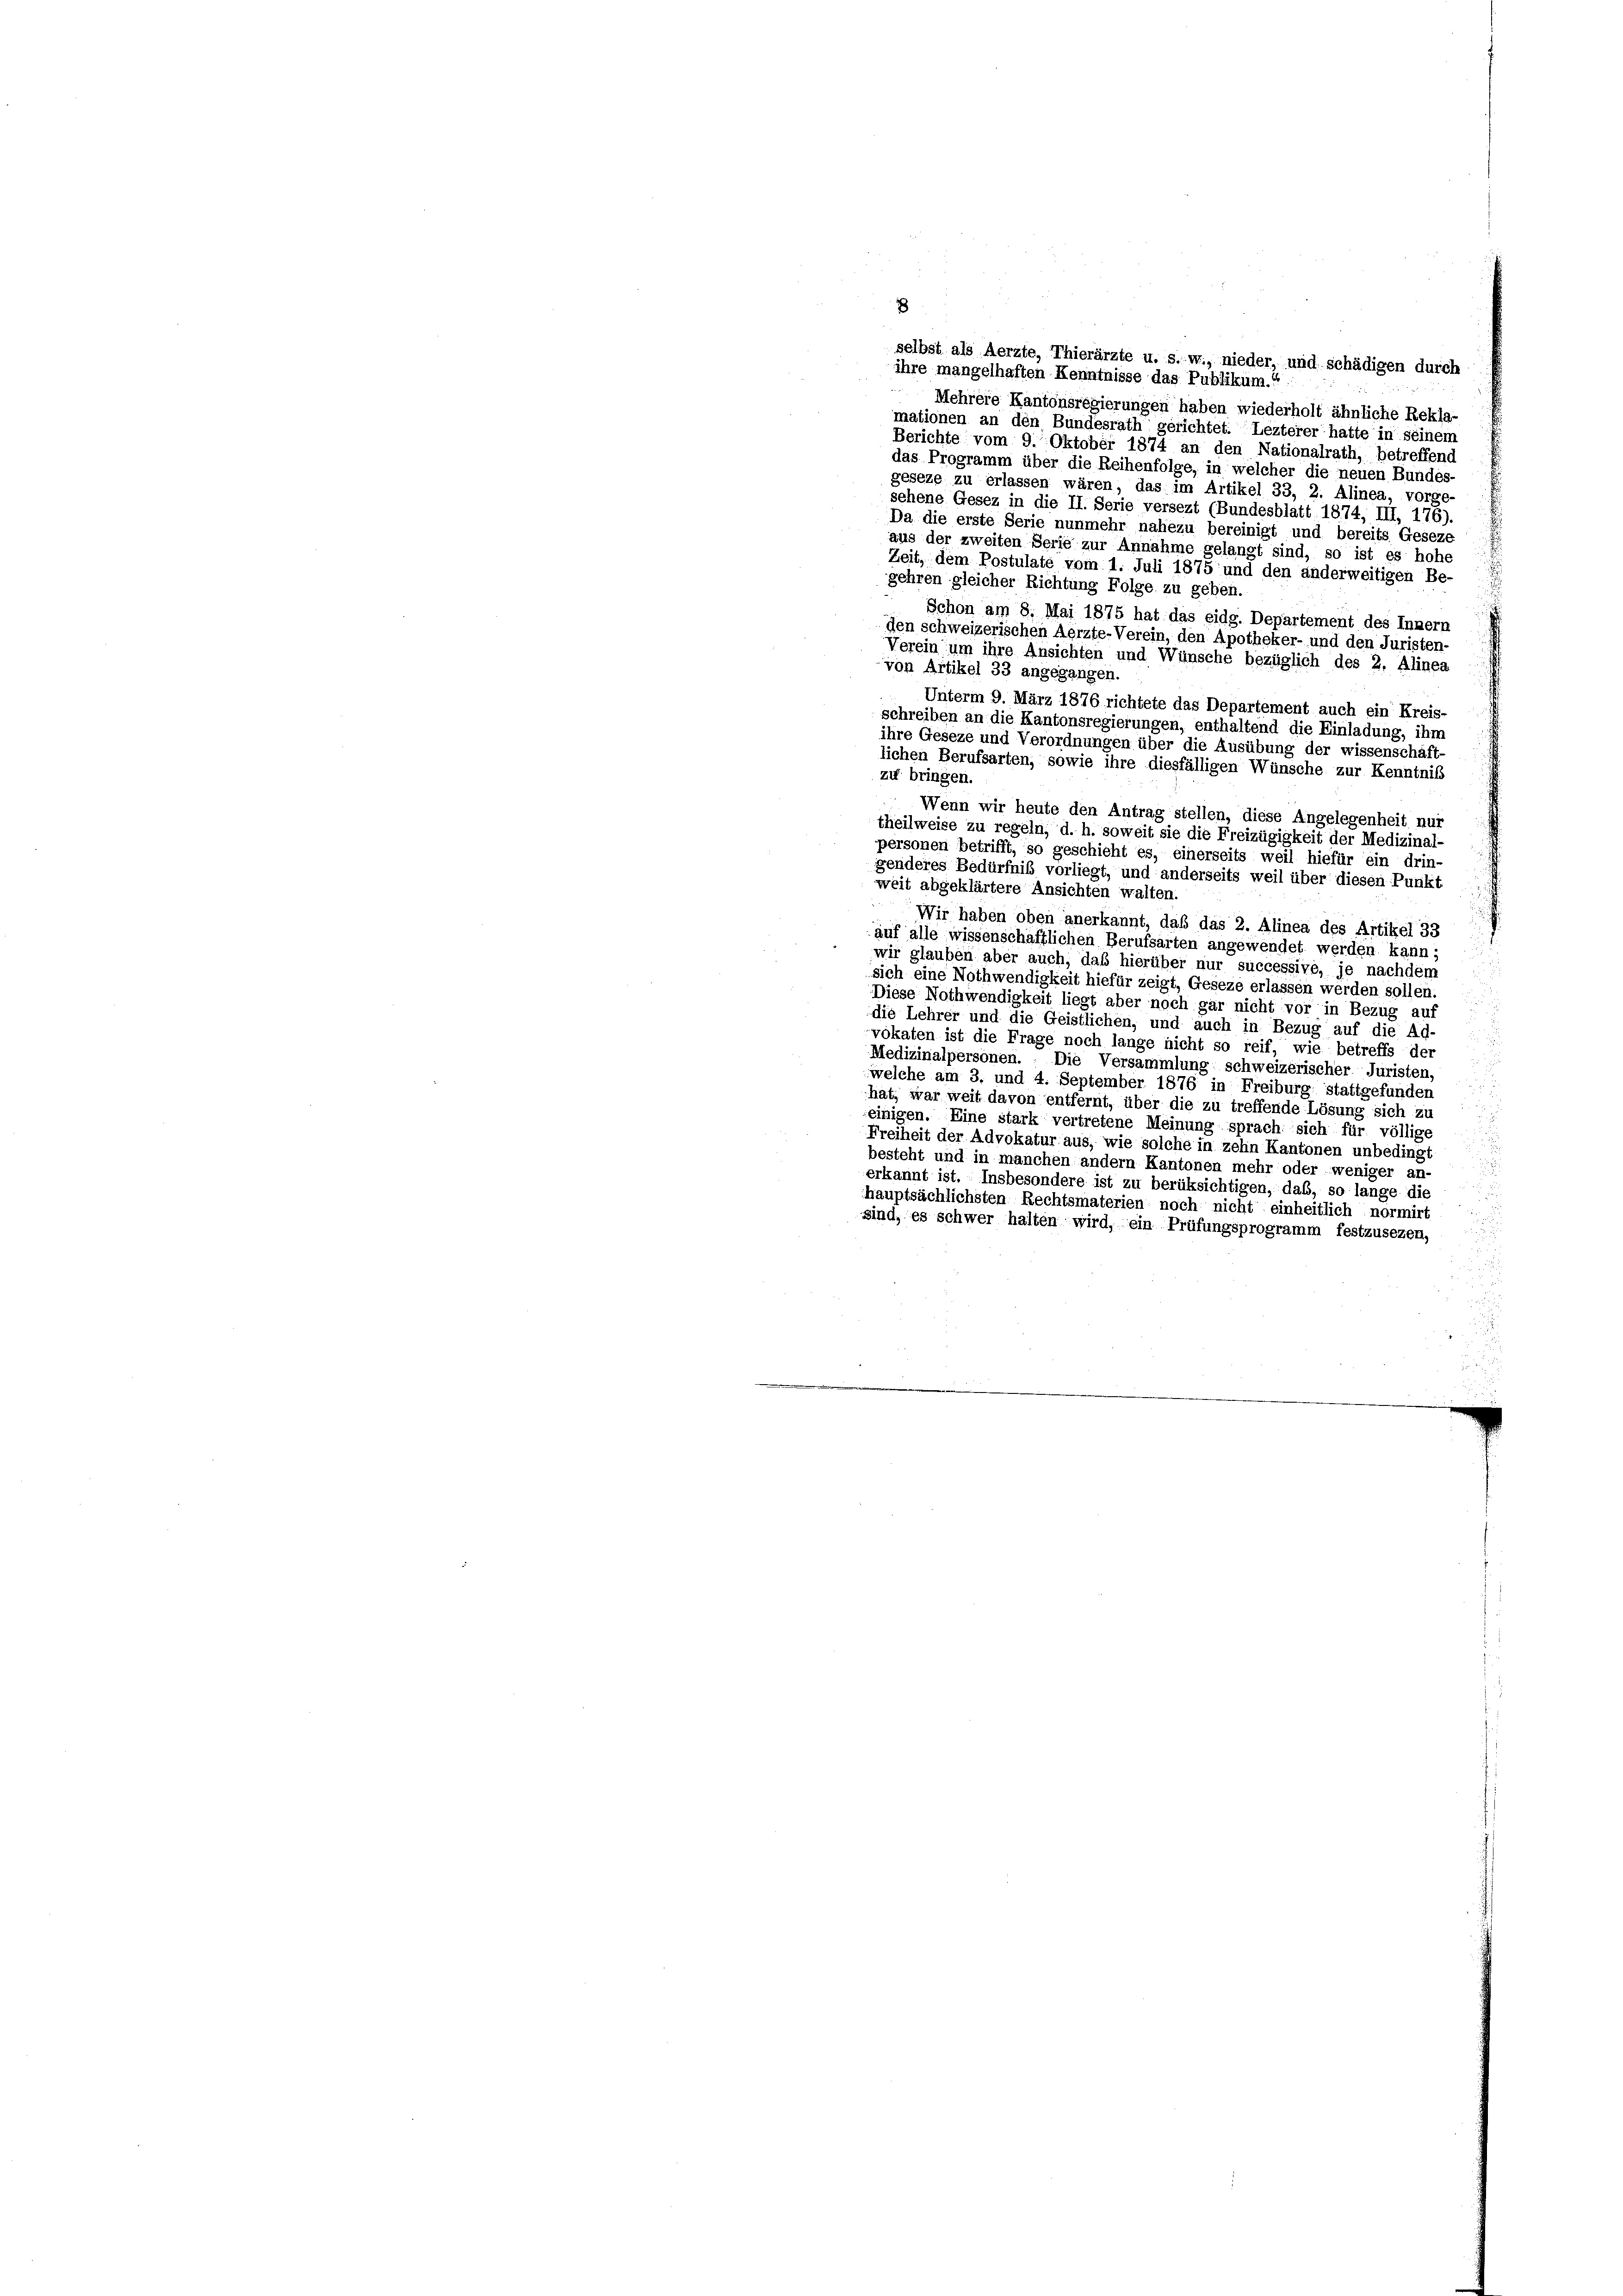
8
selbst als Aerzte, Thierärzte u. s. w., nieder, und schädigen durch
ihre mangelhaften Kenntnisse das Publikum.“
Mehrere Kantonsregierungen haben wiederholt ähnliche Rekla-
mationen an den Bundesrath gerichtet. Lezterer hatte in seinem
Berichte vom 9. Oktober 1874 an den Nationalrath, betreffend
das Programm über die Reihenfolge, in welcher die neuen Bundes-
geseze zu erlassen wären, das im Artikel 33, 2. Alinea, vorge-
sehene Gesez in die II. Serie versezt (Bundesblatt 1874, III, 176).
Da die erste Serie nunmehr nahezu bereinigt und bereits Geseze
aus der zweiten Serie zur Annahme gelangt sind, so ist es hohe
Zeit, dem Postulate vom 1. Juli 1875 und den anderweitigen Be-
gehren gleicher Richtung Folge zu geben.
 Schon am 8. Mai 1875 hat das eidg. Departement des Innern
den schweizerischen Aerzte-Verein, den Apotheker- und den Juristen-
Verein um ihre Ansichten und Wünsche bezüglich des 2. Alinea
von Artikel 33 angegangen.
Unterm 9. März 1876 richtete das Departement auch ein Kreis-
schreiben an die Kantonsregierungen, enthaltend die Einladung, ihn
ihre Geseze und Verordnungen über die Ausübung der wissenschäft
lichen Berufsarten, sowie ihre diesfälligen Wünsche zur Kenntniß
zu bringen.
Wenn wir heute den Antrag stellen, diese Angelegenheit nur
theilweise zu regeln, d. h. soweit sie die Freizügigkeit der Medizinal-
personen betrifft, so geschieht es, einerseits weil hiefür ein drin
genderes Bedürfniß vorliegt, und anderseits weil über diesen Punkt
weit abgeklärtere Ansichten walten.
Wir haben oben anerkannt, daß das 2. Alinea des Artikel 33
auf alle wissenschaftlichen Berufsarten angewendet werden kann;
wir glauben aber auch, daß hierüber nur successive, je nachdem

sich eine Nothwendigkeit hiefür zeigt, Geseze erlassen werden sollet
Diese Nothwendigkeit liegt aber noch gar nicht vor in Bezug auf
die Lehrer und die Geistlichen, und auch in Bezug auf die Ad-

vokaten ist die Frage noch lange nicht so reif, wie betreffs der
Medizinalpersonen. Die Versammlung schweizerischer Juristen,
welche am 3. und 4. September 1876 in Freiburg stattgefunden
hat, war weit davon entfernt, über die zu treffende Lösung sich zu
einigen. Eine stark vertretene Meinung sprach sich für völlige
Freiheit der Advokatur aus, wie solche in zehn Kantonen unbedingt
besteht und in manchen andern Kantonen mehr oder weniger an-
erkannt ist. Insbesondere ist zu berüksichtigen, daß, so lange die
hauptsächlichsten Rechtsmaterien noch nicht einheitlich normirt
sind, es schwer halten wird, ein Prüfungsprogramm festzusezen,